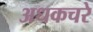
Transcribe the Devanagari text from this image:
अधकचरे